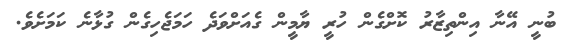
ބުނީ އޭނާ އިންތިޒާރު ކޮށްގެން ހުރީ ޔާމީން ގެއަށްވަދެ ހަމަޖެހިގެން ގުޅާނެ ކަމަށެވެ.